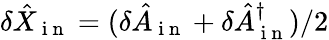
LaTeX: \delta\hat{X}_{\mathrm{~i~n~}}=(\delta\hat{A}_{\mathrm{~i~n~}}+\delta\hat{A}_{\mathrm{~i~n~}}^{\dagger})/2